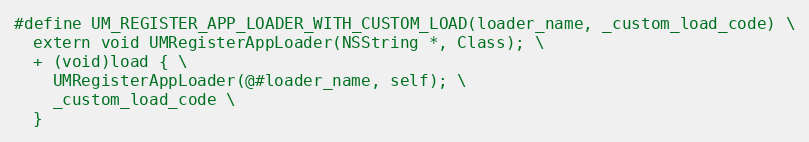
Language: C
#define UM_REGISTER_APP_LOADER_WITH_CUSTOM_LOAD(loader_name, _custom_load_code) \
  extern void UMRegisterAppLoader(NSString *, Class); \
  + (void)load { \
    UMRegisterAppLoader(@#loader_name, self); \
    _custom_load_code \
  }